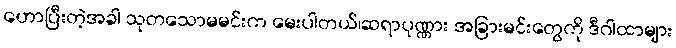
ဟောပြီးတဲ့အခါ သုတသောမမင်းက မေးပါတယ်၊ဆရာပုဏ္ဏား အခြားမင်းတွေကို ဒီဂါထာများ